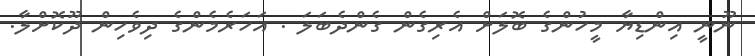
ނޫނީ އިންޑިޔާ މީހުންގެ ބޮލަށް އެރިގެން ގެންދެބަލަ . އަހަރެމެންގެ ދިވެހިން ދޫކޮށްލާ.